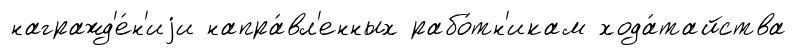
награжд'е́н'иjи напра́вл'енных рабо́тн'икам хода́тайства